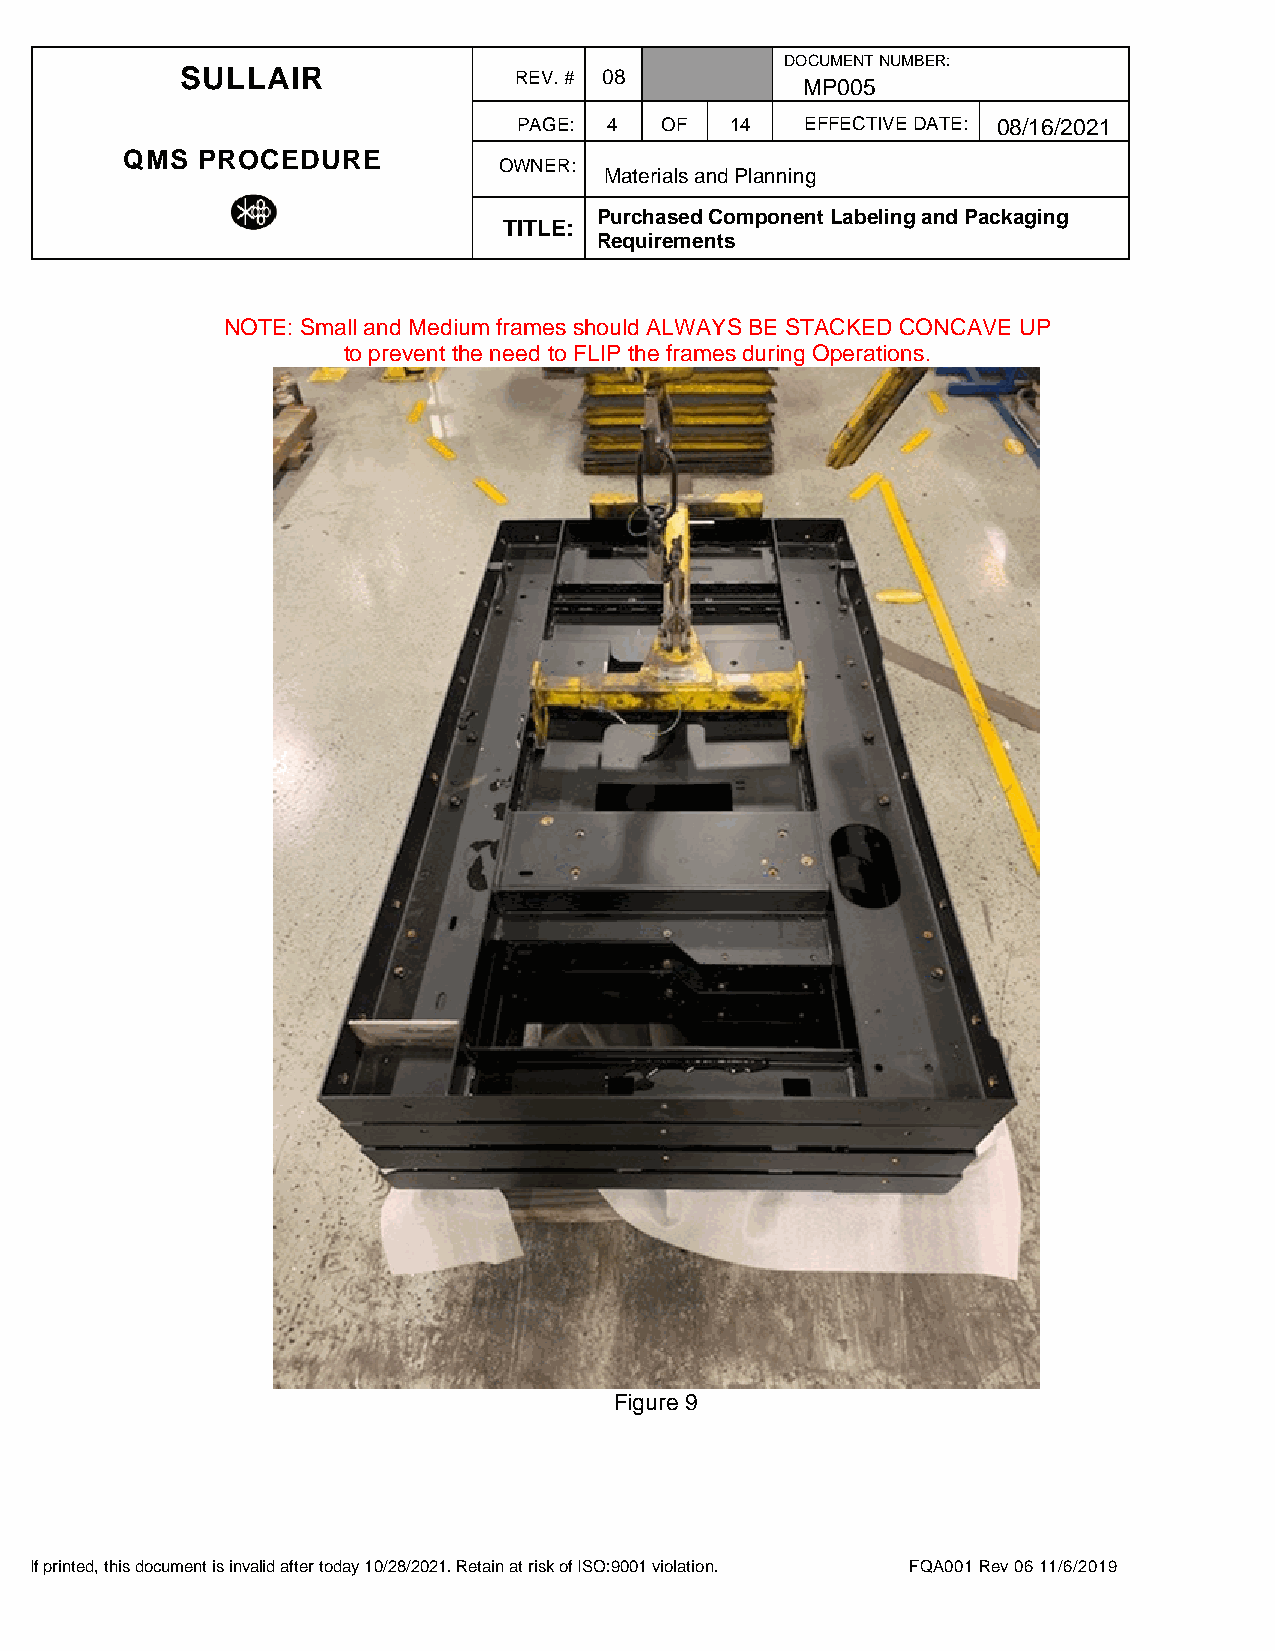
DOCUMENT NUMBER:
 SULLAIR               REV. # 08
 MP005
 PAGE: 4   OF  14   EFFECTIVE DATE: 08/16/2021
 QMS  PROCEDURE
 OWNER:
 Materials and Planning
 Purchased Component Labeling and Packaging
 TITLE:
 Requirements
 NOTE: Small and Medium frames should ALWAYS BE STACKED CONCAVE UP
 to prevent the need to FLIP the frames during Operations.
 Figure 9
 If printed, this document is invalid after today 10/28/2021. Retain at risk of ISO:9001 violation. FQA001 Rev 06 11/6/2019